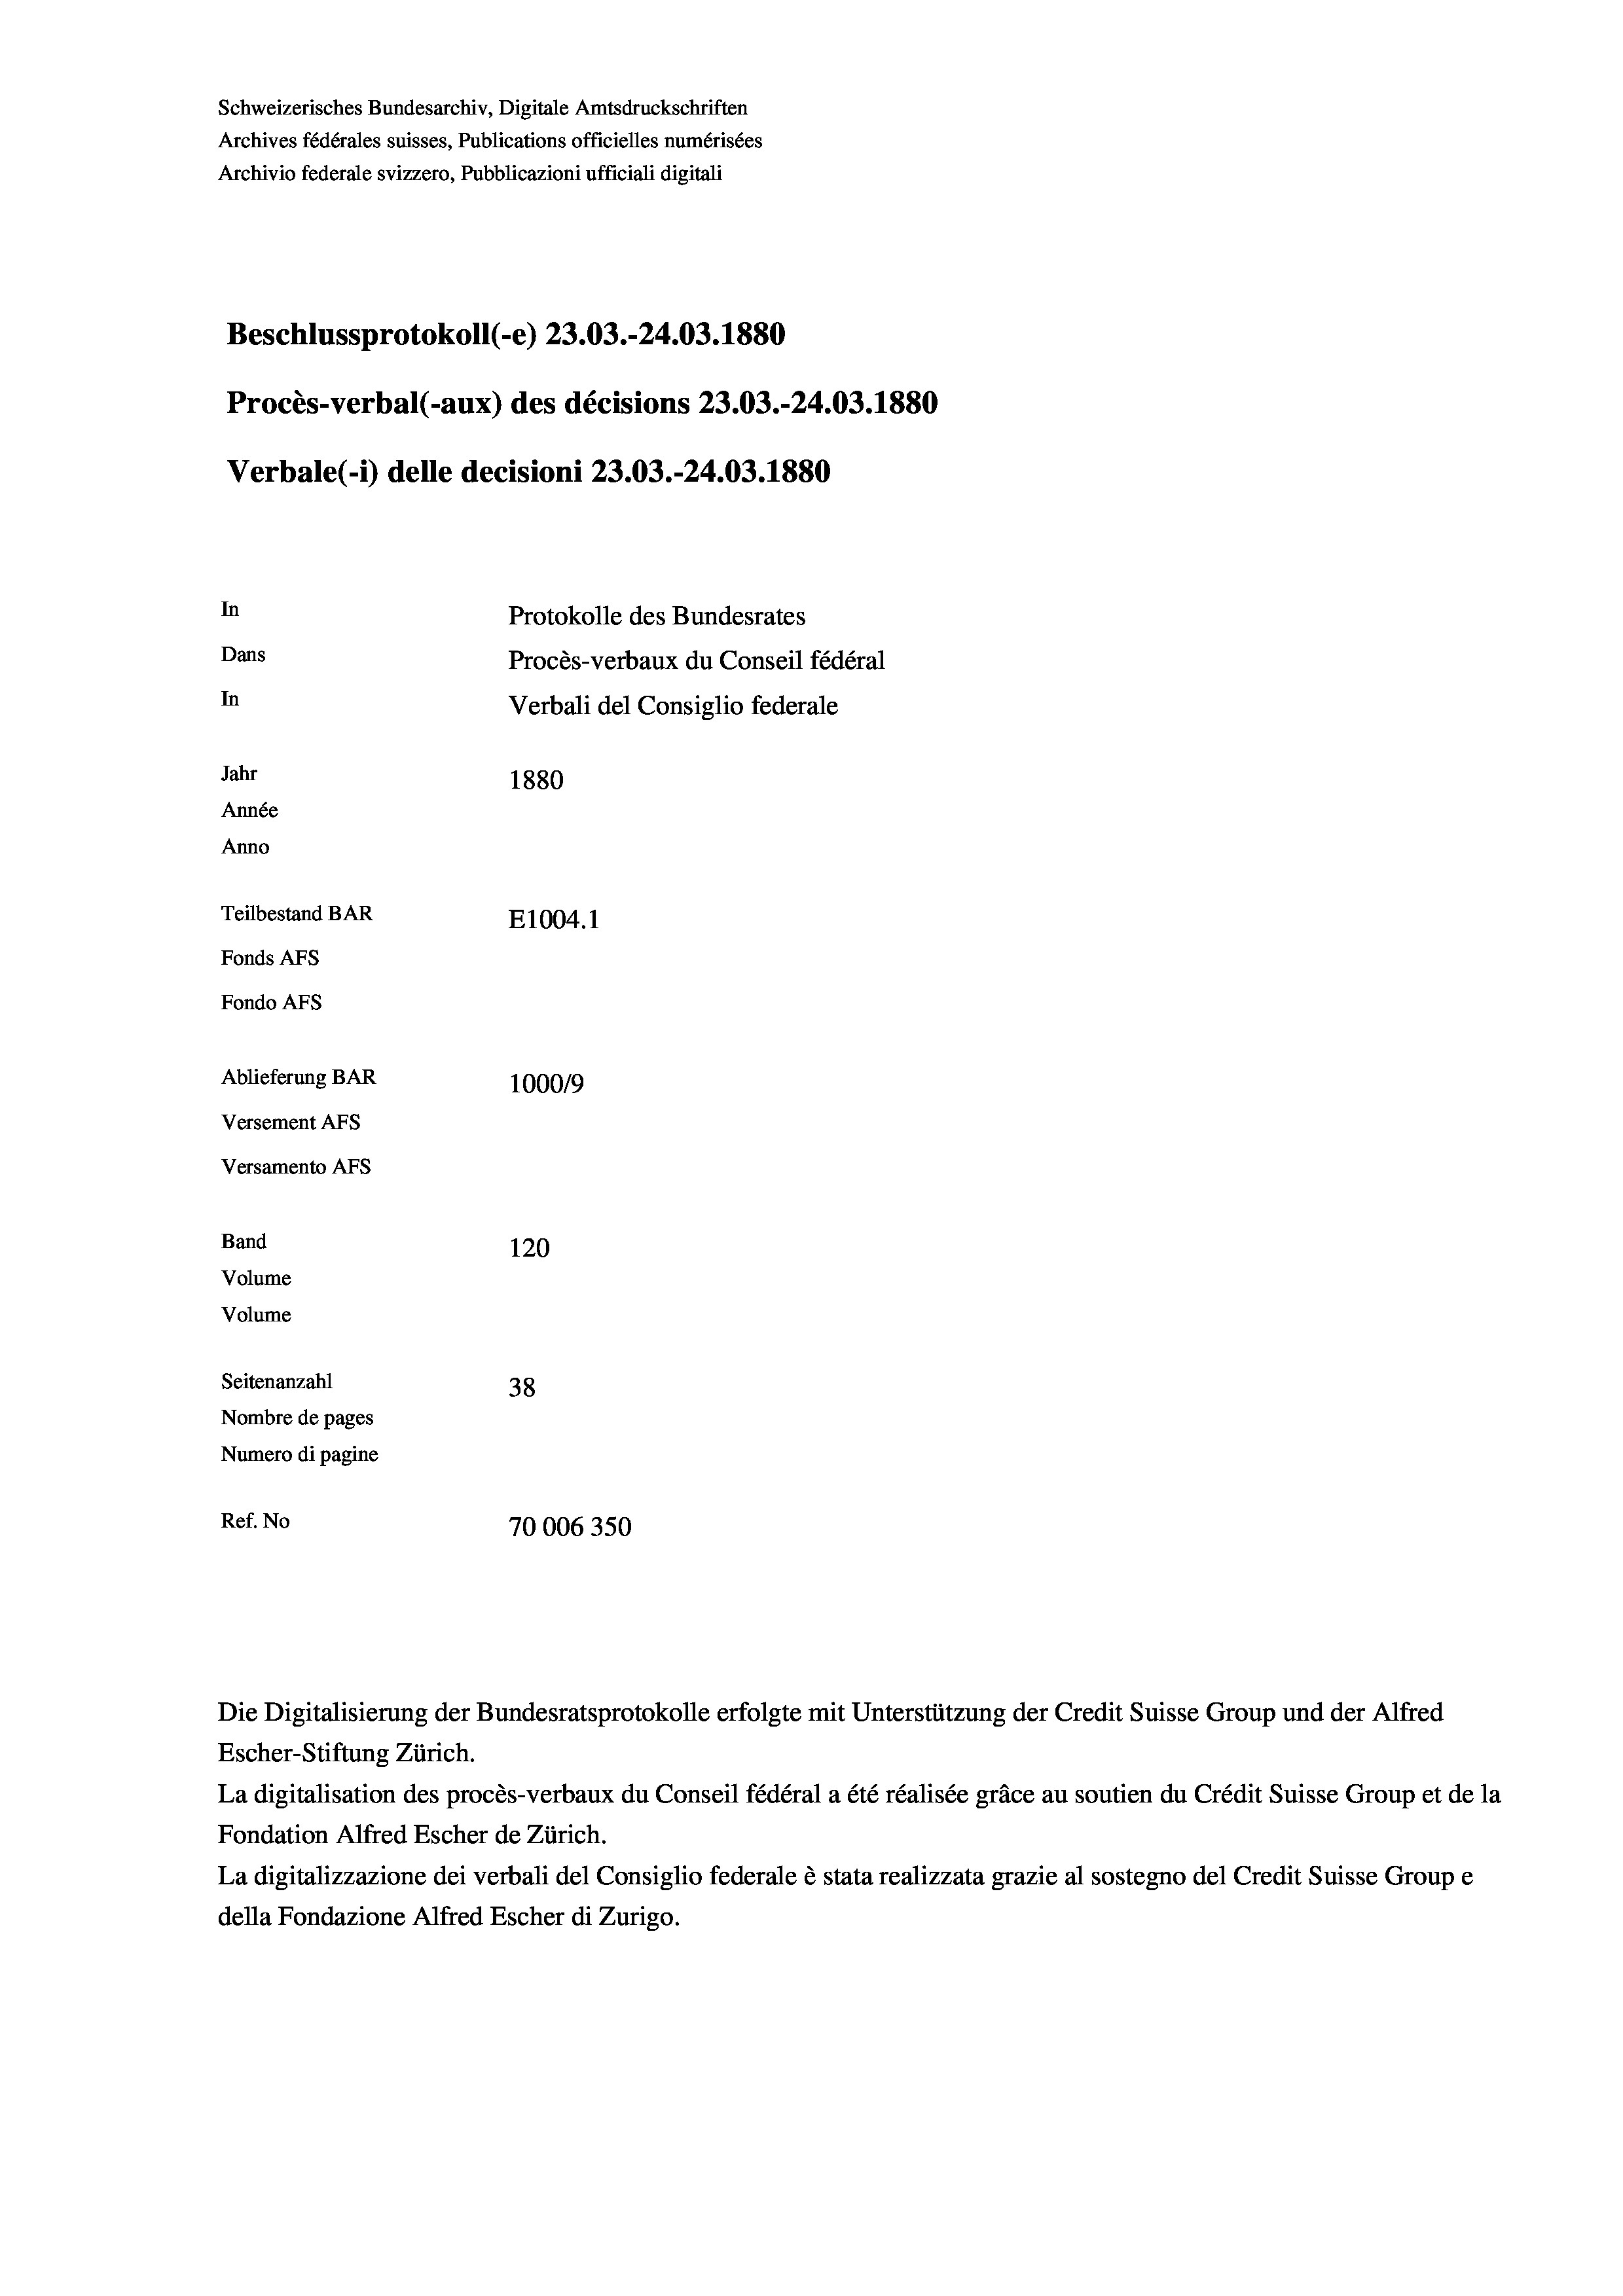
Schweizerisches Bundesarchiv, Digitale Amtsdruckschriften
Archives fédérales suisses, Publications officielles numérisées
Archivio federale svizzero, Pubblicazioni ufficiali digitali
Beschlussprotokoll (-e) 23.03.-24.03. 1880
Procès-verbal (-aux) des décisions 23.03.-24.03. 1880
Verbale(-*) delle decisioni 23.03.-24.03. 1880
In
Protokolle des Bundesrates
Dans
Procès-verbaux du Conseil fédéral
In
Verbali del Consiglio federale
Jahr
1880
Année
Anno
Teilbestand BAR
E1004.1
Fonds AFs
Fondo AFS
Ablieferung BAR
100019
Versement AFs
Versamento AFs
Band
120
Volume
Volume
Seitenanzahl
38
Nombre de pages
Numero di pagine
Ref. No
70006350

Die Digitalisierung der Bundesratsprotokolle erfolgte mit Unterstützung der Credit Suisse Group und der Alfred
Escher-Stiftung Zürich.
La digitalisation des procès-verbaux du Conseil fédéral a été réalisée gräce au soutien du Crédit Suisse Group et de la
Fondation Alfred Escher de Zürich.
La digitalizzazione dei verbali del Consiglio federale è stata realizzata grazie al sostegno del Credit Suisse Groupe
della Fondazione Alfred Escher di Zurigo.